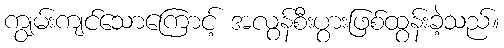
ကျွမ်းကျင်သောကြောင့် အလွန်စီးပွားဖြစ်ထွန်းခဲ့သည်။